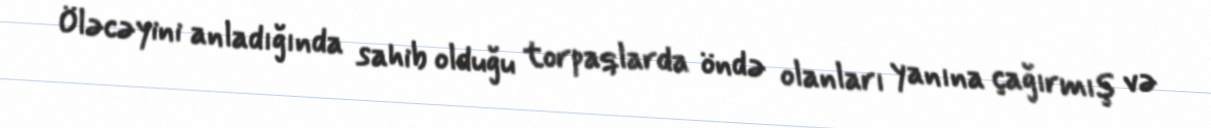
Öləcəyini anladığında sahib olduğu torpaqlarda öndə olanları yanına çağırmış və